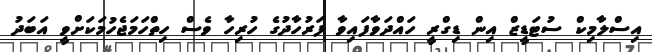
އިސްލާމިކް ސުޓަޑީޒް އިން ޑިގްރީ ހައްދަވާފައިވާ ފަރުހާދުގެ ހުރިހާ ވެސް ހިތްހަމަޖެހުމަކަށްވީ އަބަދު